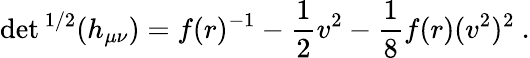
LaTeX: \operatorname*{det}{}^{1/2}(h_{\mu\nu})=f(r)^{-1}-\frac{1}{2}v^{2}-\frac{1}{8}f(r)(v^{2})^{2}\ .